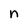
Character: n